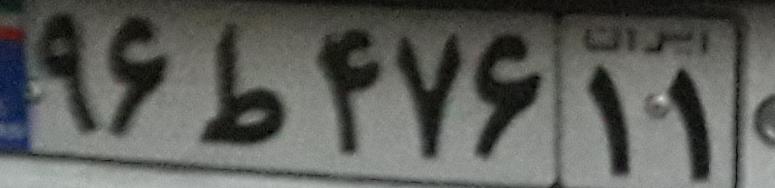
۹۶ط۴۷۶۱۱